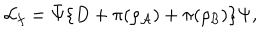
LaTeX: { \cal L } _ { f } = { \bar { \Psi } } \{ D + \pi ( \rho _ { \cal A } ) + \pi ( \rho _ { \cal B } ) \} \Psi ,